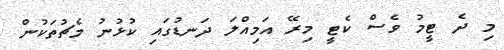
މި ދެ ޓީމު ވެސް ކެޓީ މިރޭ އަމިއްލަ ދަނޑުގައި ކުޅުނު މެޗުތަކުން